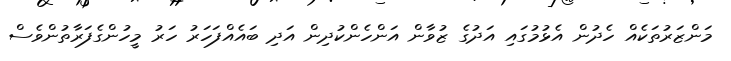
މަންޒަރުތަކެއް ހެދުން އެޅުމުގައި އަދުގެ ޒުވާން އަންހެންކުދިން އަދި ބައެއްފަހަރު ހަރު މީހުންގެފަރާތުންވެސް